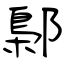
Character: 鄡